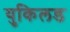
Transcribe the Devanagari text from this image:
युकिलड